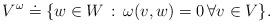
LaTeX: \begin{align*}V^\omega \doteq \{ w\in W \,:\, \omega(v,w) = 0\, \forall v\in V\}.\end{align*}